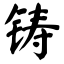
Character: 铸